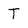
Character: T